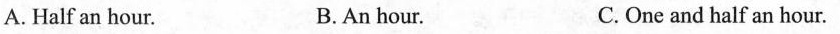
A. Half an hour. B.An hour. C.One and half an hour.